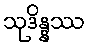
သုဒိန္နဿ